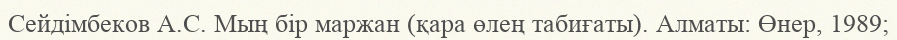
Сейдімбеков А.С. Мың бір маржан (қара өлең табиғаты). Алматы: Өнер, 1989;